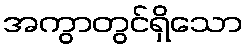
အကွာတွင်ရှိသော